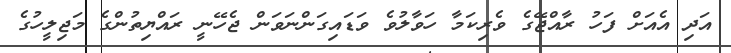
އަދި އެއަށް ފަހު ރާއްޖޭގެ ވެރިކަމާ ހަވާލުވެ ވަޑައިގަންނަވަން ޖެހޭނީ ރައްޔިތުންގެ މަޖިިލީހުގެ